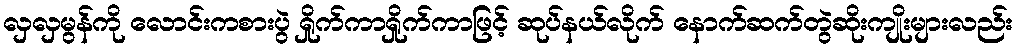
လှလှမွန်ကို လောင်းကစားပွဲ ရှိုက်ကာရှိုက်ကာဖြင့် ဆုပ်နယ်လိုက် နောက်ဆက်တွဲဆိုးကျိုးများလည်း